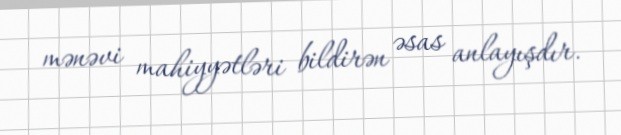
mənəvi mahiyyətləri bildirən əsas anlayışdır.